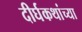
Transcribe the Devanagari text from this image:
दीर्घकथांच्या